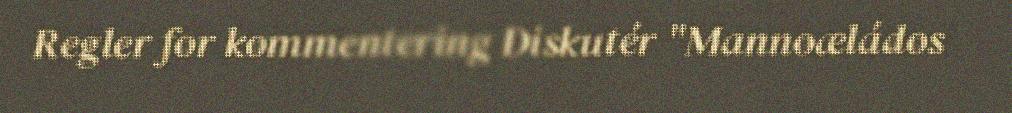
Regler for kommentering Diskutér "Mannoæládos